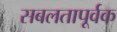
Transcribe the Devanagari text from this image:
सबलतापूर्वक